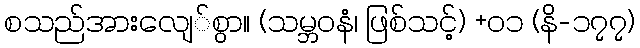
စသည်အားလျေ်စွာ။ (သမ္ဘဝနံ၊ ဖြစ်သင့်) +၀၁ (နိ-၁၇၇)